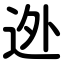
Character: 迯